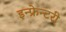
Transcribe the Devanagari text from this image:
इन्फ्रेन्टरी